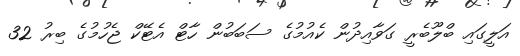
އަލީގައި ބްލޫބެރީ ގަވާއިދުން ކެއުމުގެ ސަބަބުން ހާޓް އެޓޭކް ޖެހުމުގެ ބިރު 32